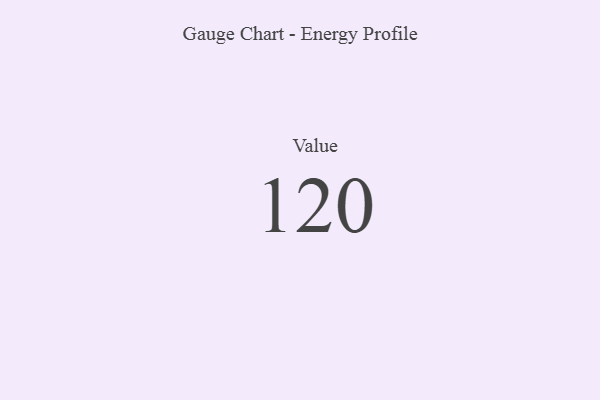
{"axis": {"x": "Metric", "y": "Value"}, "legend": [""], "data": [{"x": "Value", "y": 120, "type": ""}]}